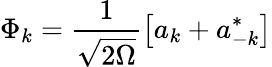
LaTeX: \Phi_{k}=\frac 1{\sqrt{2\Omega}}\left[a_{k}+a_{-k}^{*}\right]